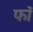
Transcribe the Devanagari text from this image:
फॉ